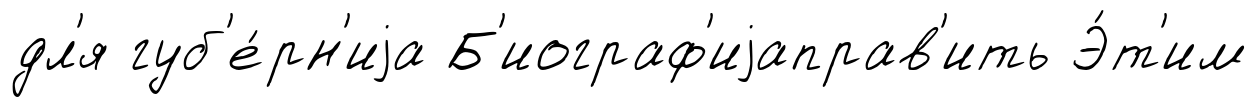
дл'я губ'е́рн'иjа Б'иограф'иjаправ'ить Э́т'им